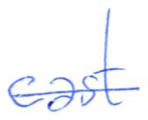
Text: cast
Cross-out: single-line
Writing tool: ballpoint